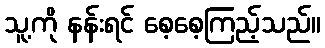
သူ့ကို နန်းရင် စေ့စေ့ကြည့်သည်။